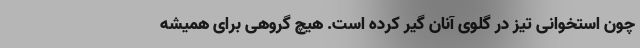
چون استخوانی تیز در گلوی آنان گیر کرده است. هیچ گروهی برای همیشه